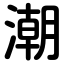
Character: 潮